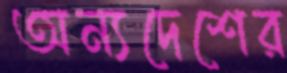
অন্যদেশের